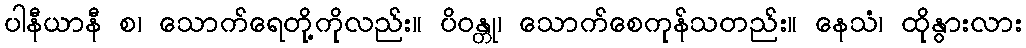
ပါနီယာနီ စ၊ သောက်ရေတို့ကိုလည်း။ ပိဝန္တု၊ သောက်စေကုန်သတည်း။ နေသံ၊ ထိုနွားလား